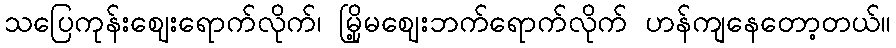
သပြေကုန်းဈေးရောက်လိုက်၊ မြို့မဈေးဘက်ရောက်လိုက် ဟန်ကျနေတော့တယ်။